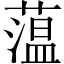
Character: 蕰